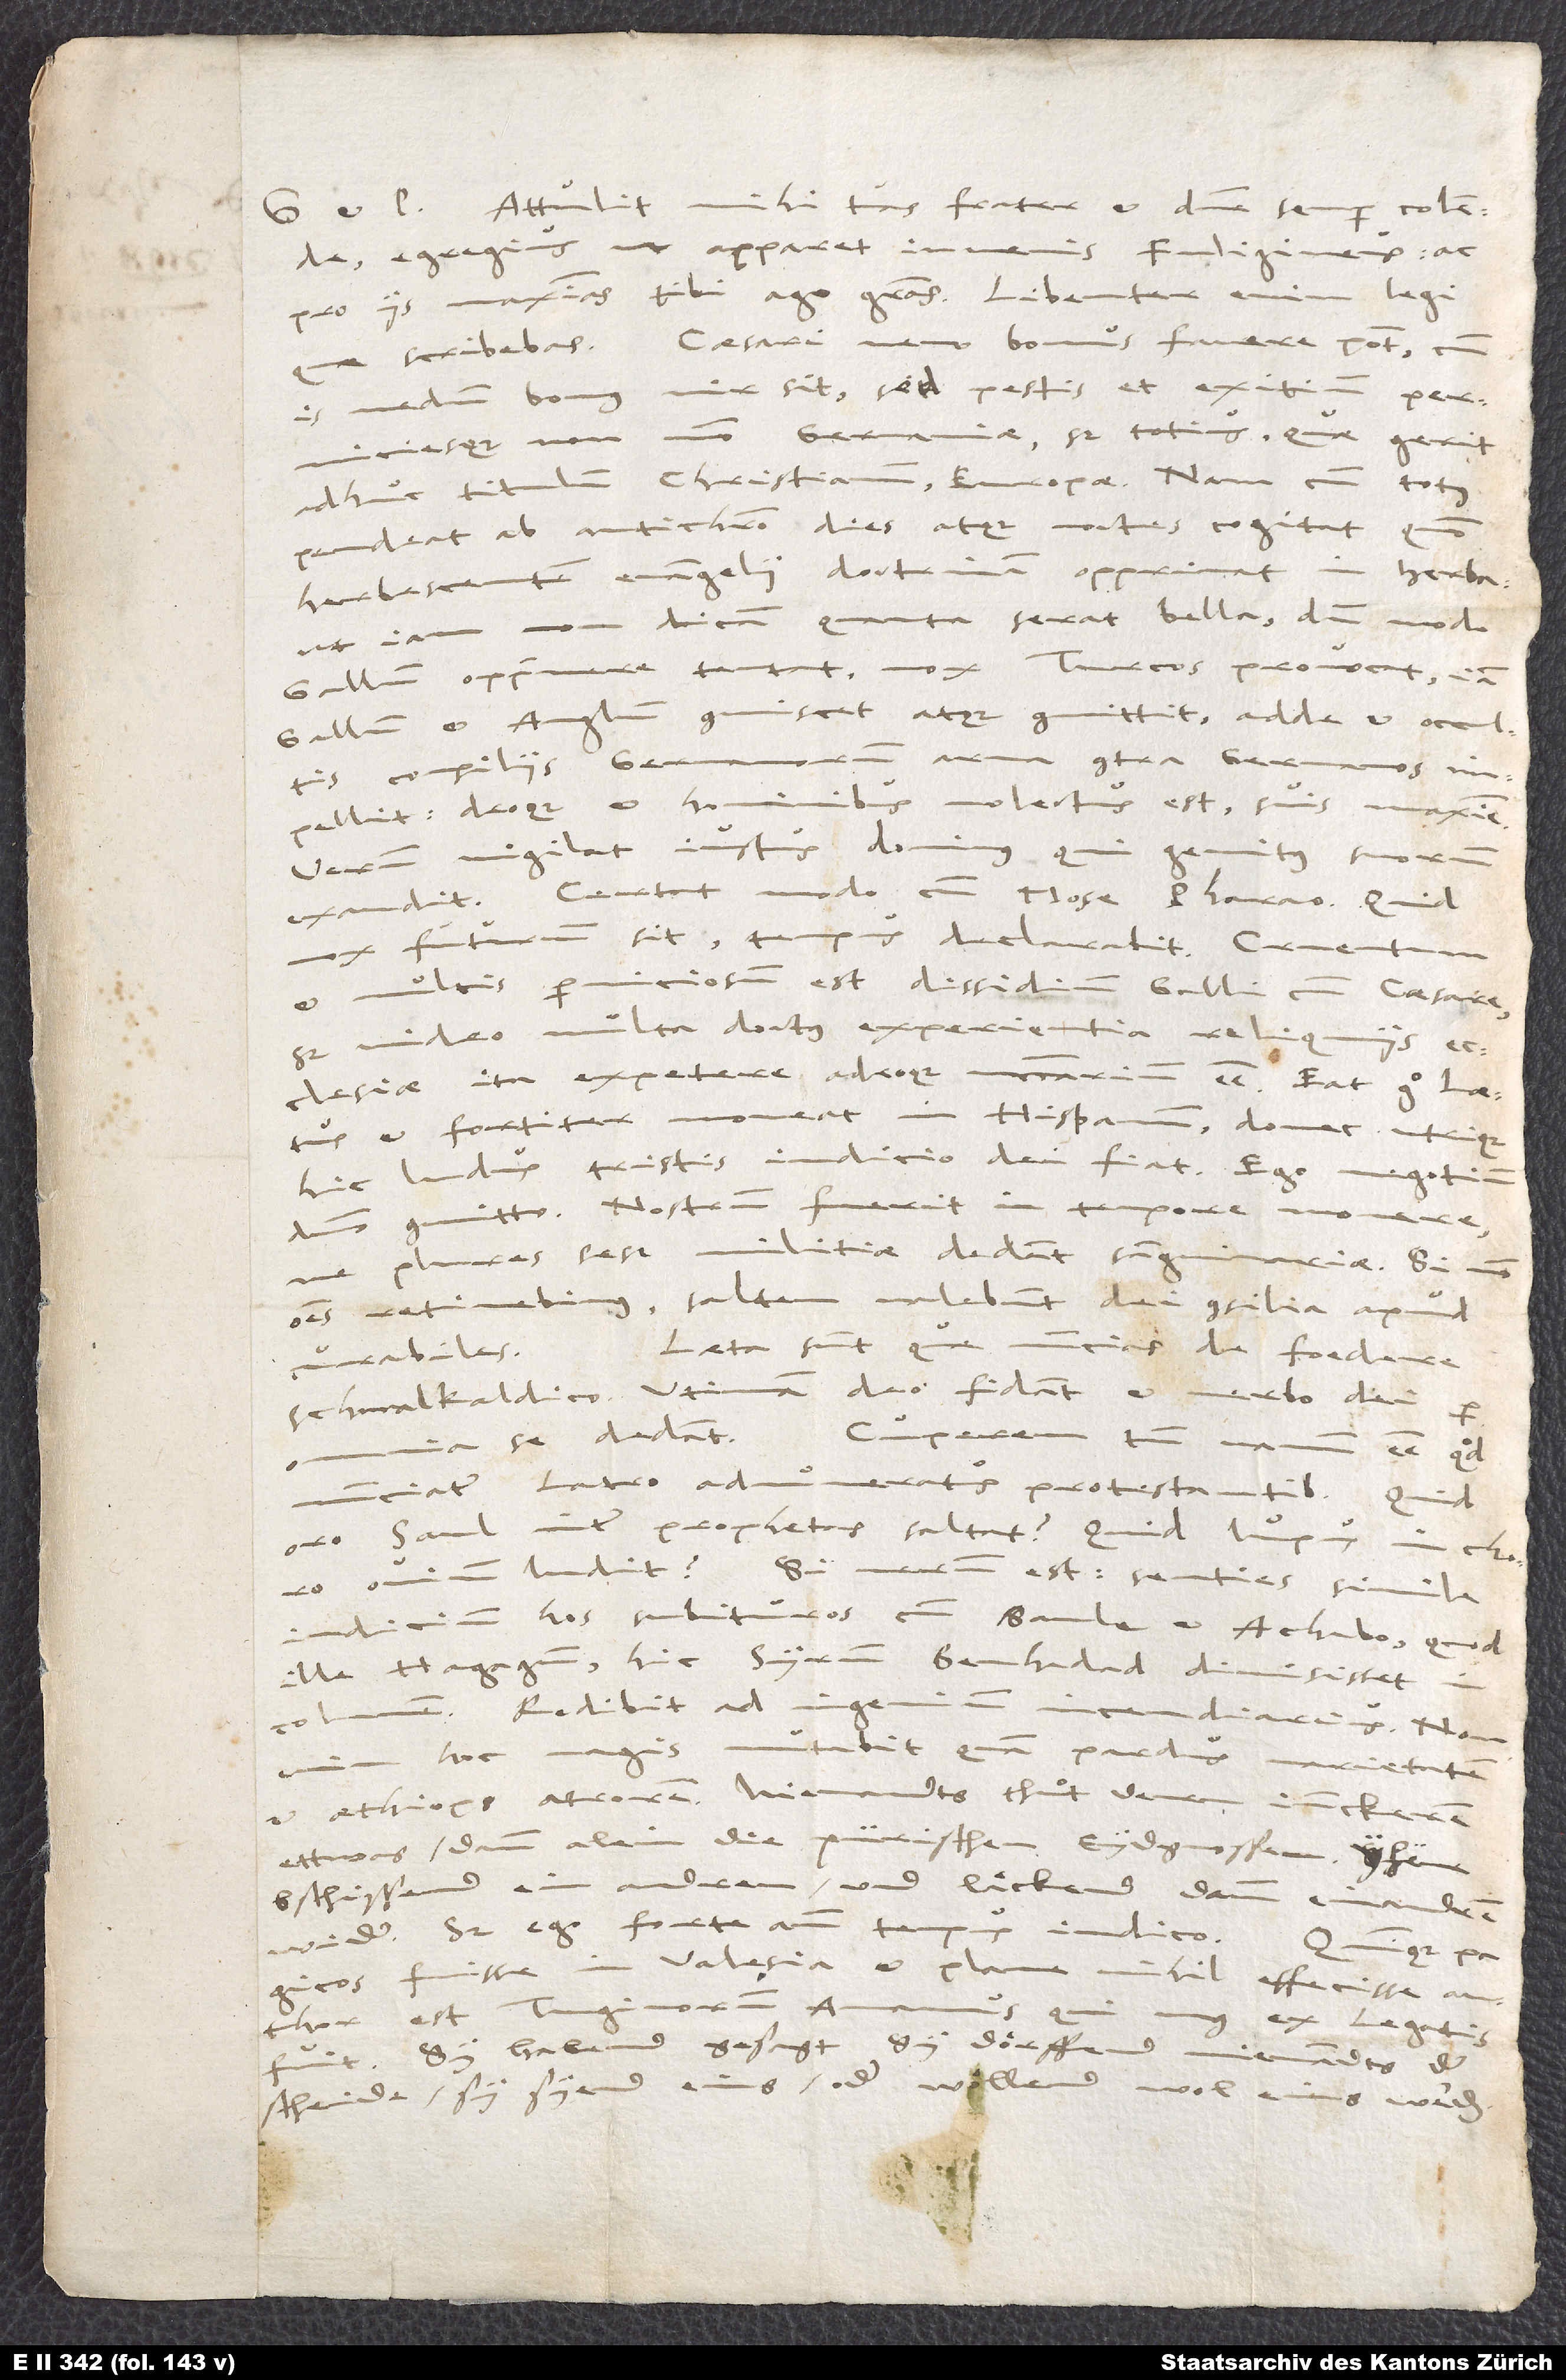
et pacem. Attulit mihi tuas, frater et domine semper colende,
egregius, ut apparet, iuvenis Fuligineus, ac
pro iis maximas tibi ago gratias. Libenter enim legi,
quae scribebas. Caesari nemo bonus favere potest, cum
is nedum bonus vir sit, sed pestis et exitium perniciesque
modo Germaniae, sed totius, quae gerit
adhuc titulum christianum, Europae. Nam cum totus
pendeat ab antichristo, dies atque noctes cogitat, quomodo
herbescentem evangelii doctrinam opprimat in herba,
ut iam non dicam, quanta serat bella, dummodo
Gallum opprimere tentat, mox Turcos provocat, iam
Gallum et Anglum commiscet atque committit, adde et occultis
contra Germanos
consiliis Germanorum
impellit, deoque et hominibus molestus est, suis maxime.
Verum vigilat iustus dominus, qui
gemitus suorum
exaudit. Certat modo cum Mose Pharaonis.
futurum sit, tempus declarabit! Cruentum
et multis perniciosum est dissidium Galli cum caesare.
Sed video, multa doctus experientia, reliquiis
ecclesiae ita expetere adeoque necessarium esse. Eat ergo Laetus
et fortiter moveat in Hispanum, donec
hic ludus tristis iudicio dei fiat! Ego
negotium
plures sese militiae dedant sanguinariae. Si non
omnes retinebimus, saltem valebunt dei consilia apud
Laeta sunt, quae nuncias de foedere
curabiles.
Schmalkaldico. Utinam deo fidant et verbo dei per
se dedant!
Cuperem tamen vanum esse, quod
nunciatur latro adnumeratus protestantibus.
Quid
oro, Saul inter prophetas saltat? Quid lupus in choro
ovium ludit? Si verum est, senties simile
iudicium hos subituros cum Saule et Achabo, quod
ille Hagagium, hic Syrum Benhadad dimisisset
incolumem. Redibit ad ingenium
incendiarius. Non
enim hoc magis mutabit quam pardus varietatem
ettwas dann alein die pürischen Eydnossen; yhene
bschissend einandren und laͤckend dann einandren
pagicos fuisse in Valesia et plane nihil effecisse author
est Tuginorum
ex legatis
Sy habend gesagt, sy doͤ rffend niemandts, der
scheide. Sy syend eins oder woͤllend wol eins werden,